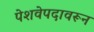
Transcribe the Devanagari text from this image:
पेशवेपदावरून